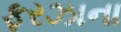
ફરઝાના